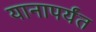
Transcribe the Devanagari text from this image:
यानापर्यंत